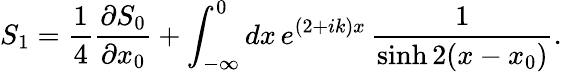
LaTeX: S_{1}=\frac{1}{4}\frac{\partial S_{0}}{\partial x_{0}}+\int_{-\infty}^{0}dx\, e^{(2+ik)x}\, \frac{1}{\sinh 2(x-x_{0})}.